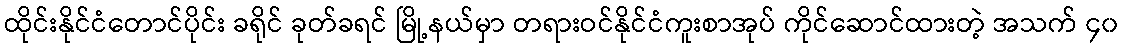
ထိုင်းနိုင်ငံတောင်ပိုင်း ခရိုင် ခုတ်ခရင် မြို့နယ်မှာ တရားဝင်နိုင်ငံကူးစာအုပ် ကိုင်ဆောင်ထားတဲ့ အသက် ၄၀